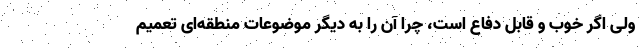
ولی اگر خوب و قابل دفاع است، چرا آن را به دیگر موضوعات منطقه‌ای تعمیم